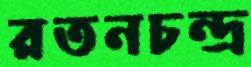
রতনচন্দ্র